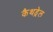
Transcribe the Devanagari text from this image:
कैथड्रेल